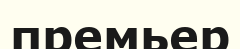
премьер